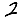
Digit: 2